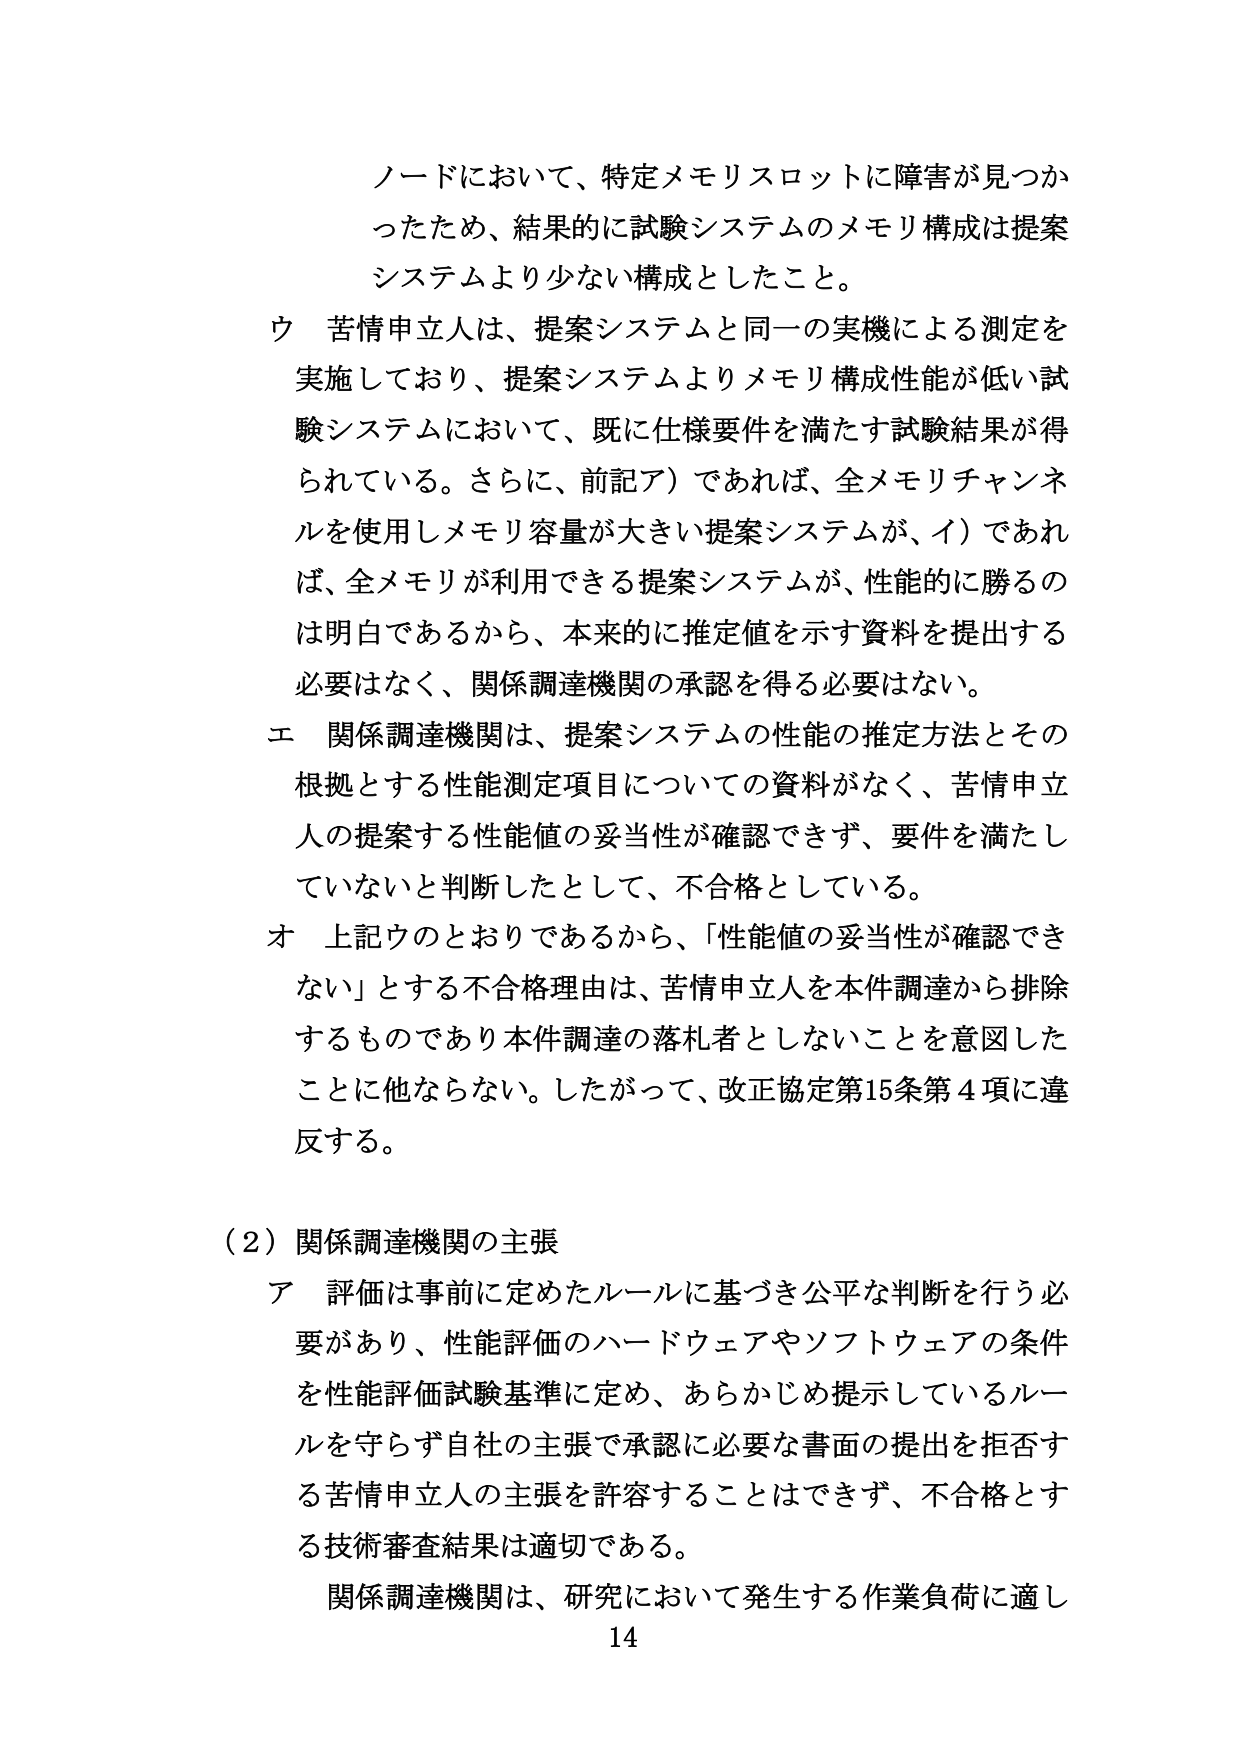
ノードにおいて、特定メモリスロットに障害が見つかったため、結果的に試験システムのメモリ構成は提案システムより少ない構成としたこと。

ウ 苦情申立人は、提案システムと同一の実機による測定を実施しており、提案システムよりメモリ構成性能が低い試験システムにおいて、既に仕様要件を満たす試験結果が得られている。さらに、前記ア）であれば、全メモリチャンネルを使用しメモリ容量が大きい提案システムが、イ）であれば、全メモリが利用できる提案システムが、性能的に勝るのは明白であるから、本来的に推定値を示す資料を提出する必要はなく、関係調達機関の承認を得る必要はない。

エ 関係調達機関は、提案システムの性能の推定方法とその根拠とする性能測定項目についての資料がなく、苦情申立人の提案する性能値の妥当性が確認できず、要件を満たしていないと判断したとして、不合格としている。

オ 上記ウのとおりであるから、「性能値の妥当性が確認できない」とする不合格理由は、苦情申立人を本件調達から排除するものであり本件調達の落札者としないことを意図したことに他ならない。したがって、改正協定第15条第4項に違反する。

（2）関係調達機関の主張

ア 評価は事前に定めたルールに基づき公平な判断を行う必要があり、性能評価のハードウェアやソフトウェアの条件を性能評価試験基準に定め、あらかじめ提示しているルールを守らず自社の主張で承認に必要な書面の提出を拒否する苦情申立人の主張を許容することはできず、不合格とする技術審査結果は適切である。

関係調達機関は、研究において発生する作業負荷に適し

14